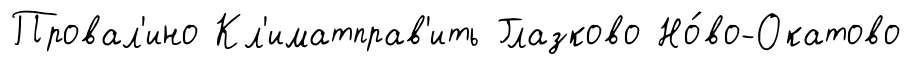
Провал'ино Кл'иматправ'ить Глазково Но́во-Окатово